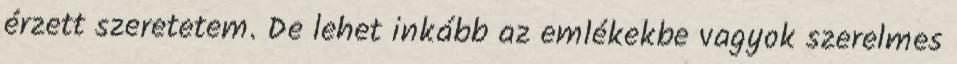
érzett szeretetem. De lehet inkább az emlékekbe vagyok szerelmes